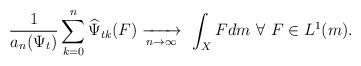
LaTeX: \begin{align*} \frac1{a_n(\Psi_t)}\sum_{k=0}^n\widehat{\Psi}_{tk}(F)\xrightarrow[n\to\infty]{}\ \int_X Fdm \ \forall\ F\in L^1(m).\end{align*}